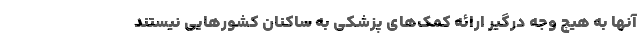
آنها به هیچ وجه درگیر ارائه کمک‌های پزشکی به ساکنان کشورهایی نیستند